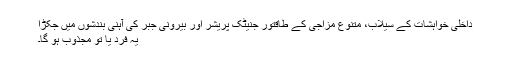
داخلی خواہشات کے سیلاب، متنوع مزاجی کے طاقتور جنیٹک پریشر اور بیرونی جبر کی آہنی بندشوں میں جکڑا
یہ فرد یا تو مجذوب ہو گا۔